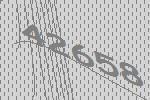
42658